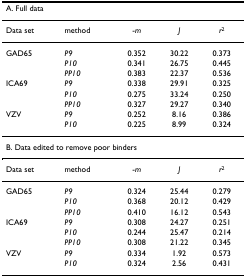
<table><thead><tr><td colspan="5"><b>A. Full data</b></td></tr></thead><tbody><tr><td>Data set</td><td>method</td><td>-<i>m</i></td><td><i>J</i></td><td><i>r</i><sup>2</sup></td></tr><tr><td>GAD65</td><td><i>P9</i></td><td>0.352</td><td>30.22</td><td>0.373</td></tr><tr><td></td><td><i>P10</i></td><td>0.341</td><td>26.75</td><td>0.445</td></tr><tr><td></td><td><i>PP10</i></td><td>0.383</td><td>22.37</td><td>0.536</td></tr><tr><td>ICA69</td><td><i>P9</i></td><td>0.338</td><td>29.91</td><td>0.325</td></tr><tr><td></td><td><i>P10</i></td><td>0.275</td><td>33.24</td><td>0.250</td></tr><tr><td></td><td><i>PP10</i></td><td>0.327</td><td>29.27</td><td>0.340</td></tr><tr><td>VZV</td><td><i>P9</i></td><td>0.252</td><td>8.16</td><td>0.386</td></tr><tr><td></td><td><i>P10</i></td><td>0.225</td><td>8.99</td><td>0.324</td></tr><tr><td colspan="5">B. Data edited to remove poor binders</td></tr><tr><td>Data set</td><td>method</td><td>-<i>m</i></td><td><i>J</i></td><td><i>r</i><sup>2</sup></td></tr><tr><td>GAD65</td><td><i>P9</i></td><td>0.324</td><td>25.44</td><td>0.279</td></tr><tr><td></td><td><i>P10</i></td><td>0.368</td><td>20.12</td><td>0.429</td></tr><tr><td></td><td><i>PP10</i></td><td>0.410</td><td>16.12</td><td>0.543</td></tr><tr><td>ICA69</td><td><i>P9</i></td><td>0.308</td><td>24.27</td><td>0.251</td></tr><tr><td></td><td><i>P10</i></td><td>0.244</td><td>25.47</td><td>0.214</td></tr><tr><td></td><td><i>PP10</i></td><td>0.308</td><td>21.22</td><td>0.345</td></tr><tr><td>VZV</td><td><i>P9</i></td><td>0.334</td><td>1.92</td><td>0.573</td></tr><tr><td></td><td><i>P10</i></td><td>0.324</td><td>2.56</td><td>0.431</td></tr></tbody></table>